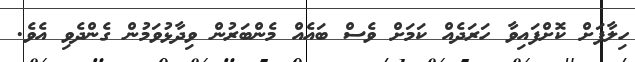
ހިލާފަށް ކޮށްފައިވާ ހަރަދެއް ކަމަށް ވެސް ބައެއް މެންބަރުން ވިދާޅުވަމުން ގެންދެވި އެވެ.